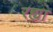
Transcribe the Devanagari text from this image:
रह्या